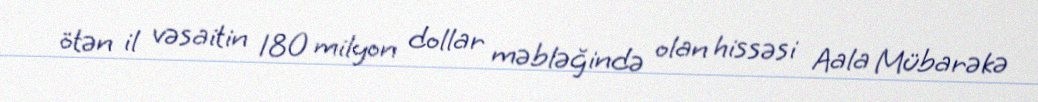
ötən il vəsaitin 180 milyon dollar məbləğində olan hissəsi Aala Mübarəkə